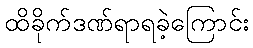
ထိခိုက်ဒဏ်ရာရခဲ့ကြောင်း